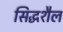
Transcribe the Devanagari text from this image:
सिद्धशैल